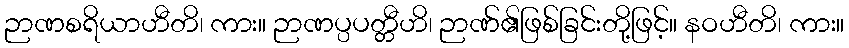
ဉာဏစရိယာဟီတိ၊ ကား။ ဉာဏပ္ပပတ္တီဟိ၊ ဉာဏ်၏ဖြစ်ခြင်းတို့ဖြင့်။ နဝဟီတိ၊ ကား။